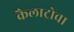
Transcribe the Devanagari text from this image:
कैलाट्रोवा